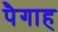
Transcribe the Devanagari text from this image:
पैगाह